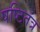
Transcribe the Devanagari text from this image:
षष्टितंत्र